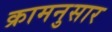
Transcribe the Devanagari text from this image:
क्रामनुसार